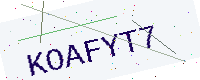
Text: KOAFYT7